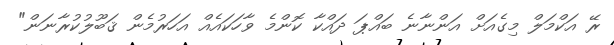
ރޭ އަކްމަލް މިގެއަށް އަންނާނެ ބައްޕަ ދައްކާ ކޮންމެ ވާހަކައެއް އަހަރުމެން ޤަބޫލުކުރާނަން"